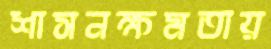
শাসনক্ষমতায়